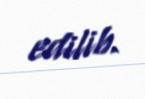
edilib.